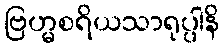
ဗြဟ္မစရိယသာရုပ္ပါနိ